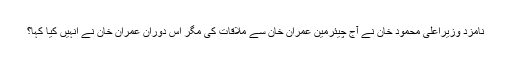
نامزد وزیراعلیٰ محمود خان نے آج چیئرمین عمران خان سے ملاقات کی مگر اس دوران عمران خان نے انہیں کیا کہا؟